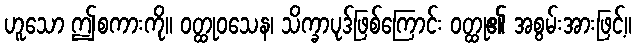
ဟူသော ဤစကားကို။ ဝတ္ထုဝသေန၊ သိက္ခာပုဒ်ဖြစ်ကြောင်း ဝတ္ထု၏ အစွမ်းအားဖြင့်။